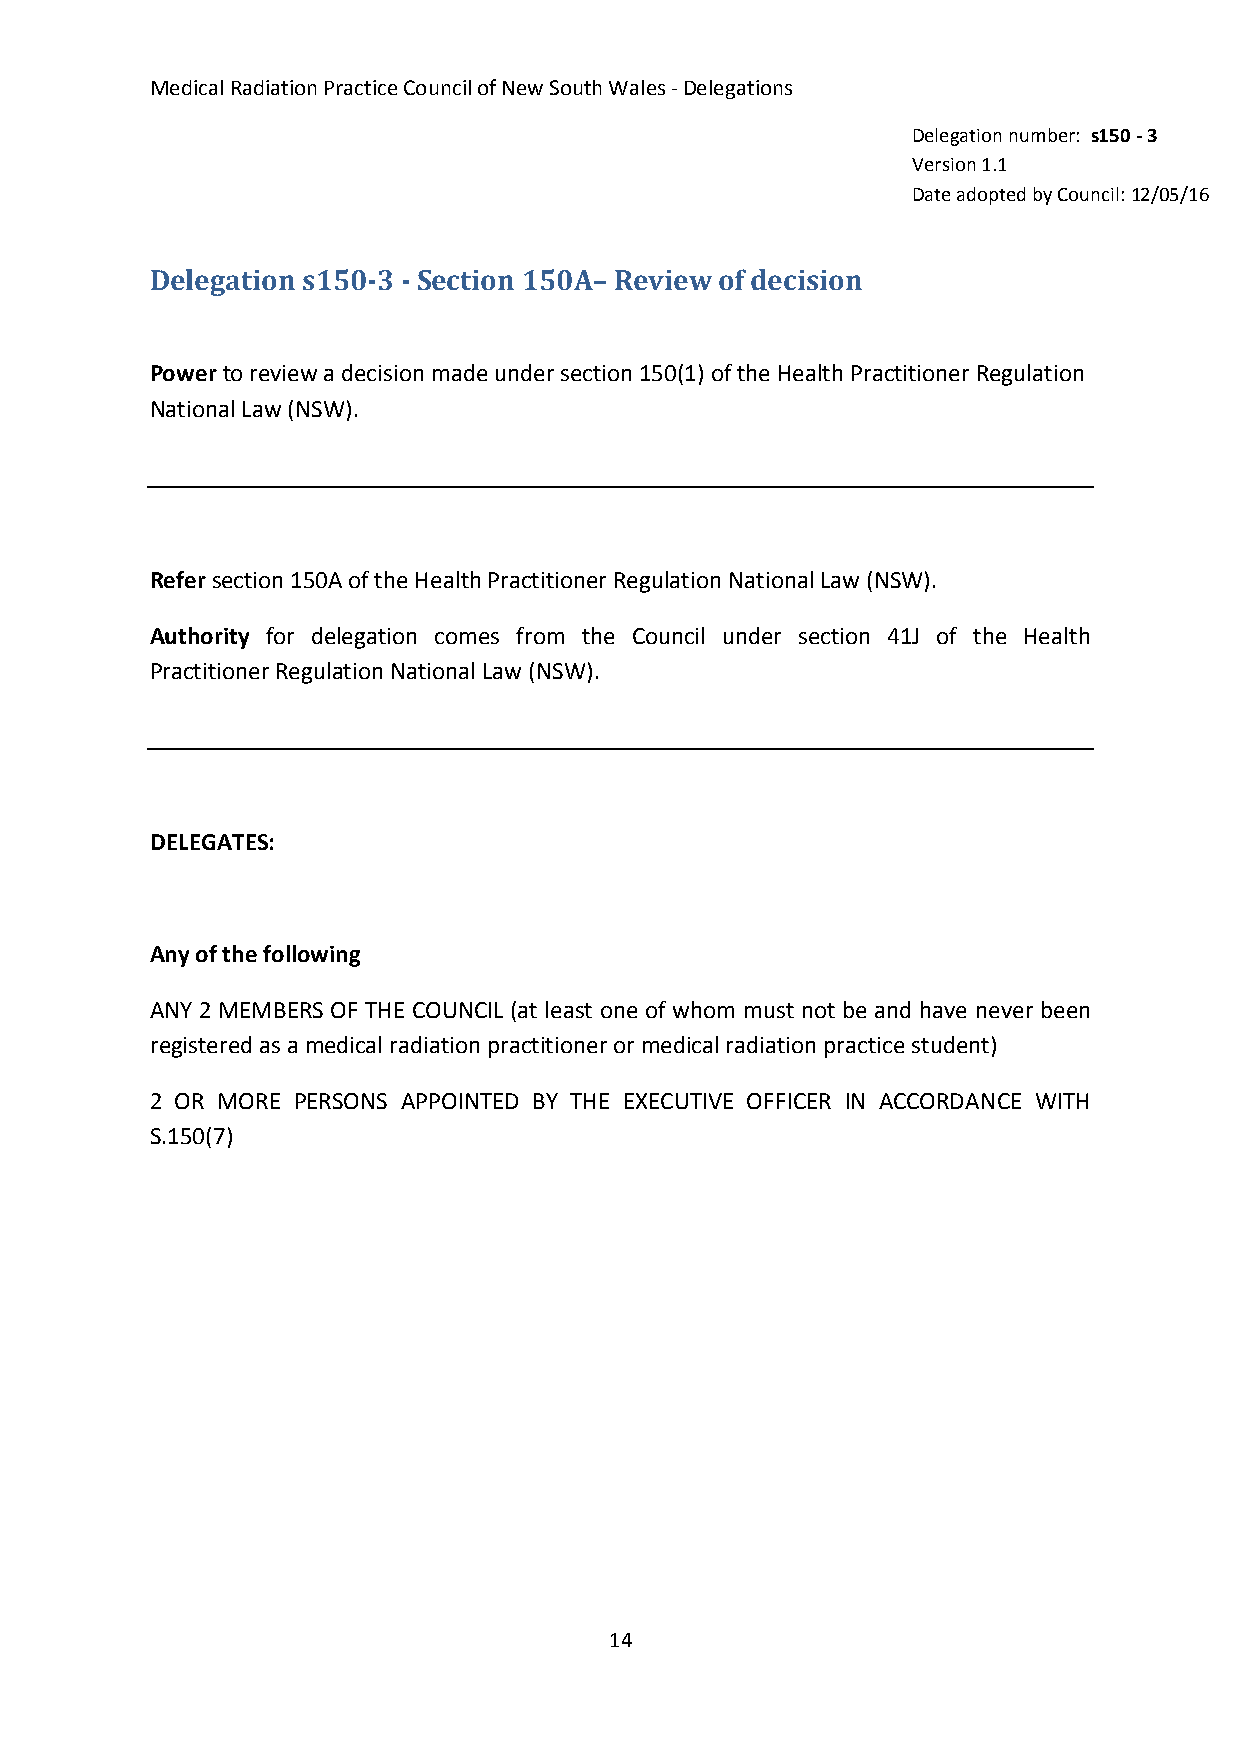
Medical Radiation Practice Council of New South Wales - Delegations
 Delegation number: s150 - 3
 Version 1.1
 Date adopted by Council: 12/05/16
 Delegation s150-3 - Section 150A– Review of decision
 Power to review a decision made under section 150(1) of the Health Practitioner Regulation
 National Law (NSW).
 Refer section 150A of the Health Practitioner Regulation National Law (NSW).
 Authority for delegation comes from the Council under section 41J of the Health
 Practitioner Regulation National Law (NSW).
 DELEGATES:
 Any of the following
 ANY 2 MEMBERS OF THE COUNCIL (at least one of whom must not be and have never been
 registered as a medical radiation practitioner or medical radiation practice student)
 2 OR MORE PERSONS APPOINTED BY THE EXECUTIVE OFFICER IN ACCORDANCE WITH
 S.150(7)
 14